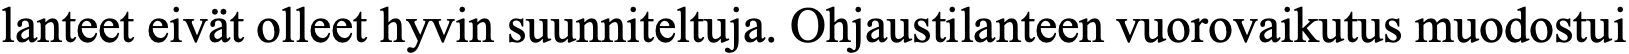
lanteet eivät olleet hyvin suunniteltuja. Ohjaustilanteen vuorovaikutus muodostui